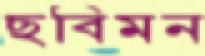
ছবিমন